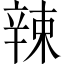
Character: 辣